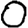
Digit: 0